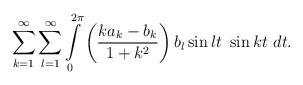
LaTeX: \begin{align*} \sum \limits _{k=1}^{\infty } \sum \limits _{l=1}^{\infty } \int \limits _{0}^{ 2 \pi } \left( \frac{k a_k- b_k}{1+k^2} \right) b_l \sin l t \ \sin k t \ dt. \end{align*}